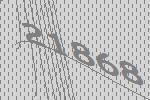
21868